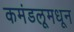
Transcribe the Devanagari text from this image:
कमंडलूमधून